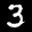
Label: 3